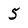
Character: 5